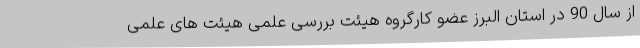
از سال 90 در استان البرز عضو کارگروه هیئت بررسی علمی هیئت های علمی